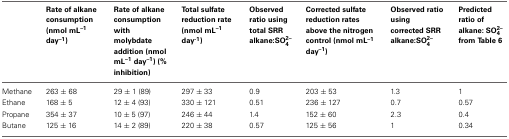
<table><thead><tr><td></td><td><b>Rate of alkane consumption (nmol mL<sup>−1</sup> day<sup>−1</sup>)</b></td><td><b>Rate of alkane consumption with molybdate addition (nmol mL<sup>−1</sup> day<sup>−1</sup>) (% inhibition)</b></td><td><b>Total sulfate reduction rate (nmol mL<sup>−1</sup> day<sup>−1</sup>)</b></td><td><b>Observed ratio using total SRR alkane:SO<sup>2−</sup><sub>4</sub></b></td><td><b>Corrected sulfate reduction rates above the nitrogen control (nmol mL<sup>−1</sup> day<sup>−1</sup>)</b></td><td><b>Observed ratio using corrected SRR alkane:SO<sup>2−</sup><sub>4</sub></b></td><td><b>Predicted ratio of alkane: SO<sup>2−</sup><sub>4</sub> from Table 6</b></td></tr></thead><tbody><tr><td>Methane</td><td>263 ± 68</td><td>29 ± 1 (89)</td><td>297 ± 33</td><td>0.9</td><td>203 ± 53</td><td>1.3</td><td>1</td></tr><tr><td>Ethane</td><td>168 ± 5</td><td>12 ± 4 (93)</td><td>330 ± 121</td><td>0.51</td><td>236 ± 127</td><td>0.7</td><td>0.57</td></tr><tr><td>Propane</td><td>354 ± 37</td><td>10 ± 5 (97)</td><td>246 ± 44</td><td>1.4</td><td>152 ± 60</td><td>2.3</td><td>0.4</td></tr><tr><td>Butane</td><td>125 ± 16</td><td>14 ± 2 (89)</td><td>220 ± 38</td><td>0.57</td><td>125 ± 56</td><td>1</td><td>0.34</td></tr></tbody></table>